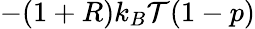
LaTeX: -(1+R)k_{B}\mathcal{T}(1-p)